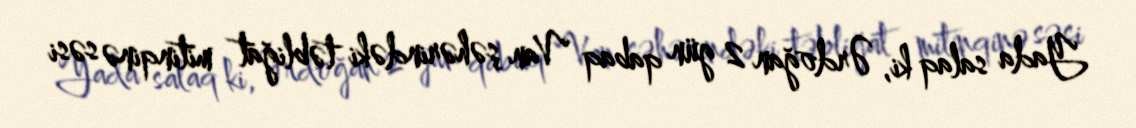
Yada salaq ki, Ərdoğan 2 gün qabaq Van şəhərindəki təbliğat mitinqinə səsi